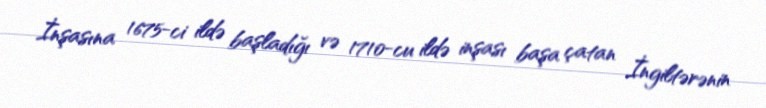
İnşasına 1675-ci ildə başladığı və 1710-cu ildə inşası başa çatan İngiltərənin